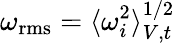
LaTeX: \omega_{\mathrm{rms}}=\langle\omega_{i}^{2}\rangle_{V,t}^{1/2}